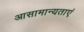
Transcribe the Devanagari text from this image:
आसामान्यताएं